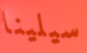
سيلينا